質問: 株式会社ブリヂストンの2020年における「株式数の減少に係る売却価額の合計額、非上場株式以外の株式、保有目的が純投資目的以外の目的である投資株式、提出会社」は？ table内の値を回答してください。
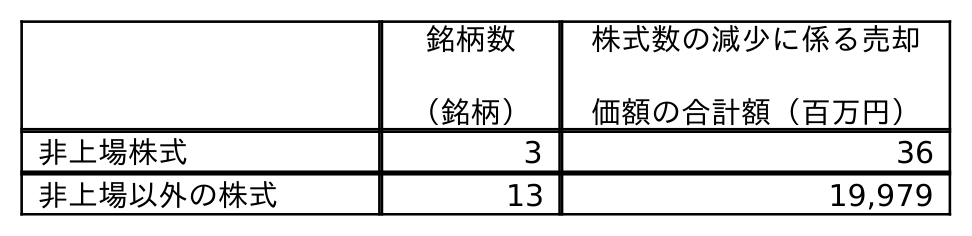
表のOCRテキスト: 銘柄数 （銘柄） 株式数の減少に係る売却 価額の合計額（百万円） 非上場株式 3 36 非上場以外の株式 13 19,979
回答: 19,979